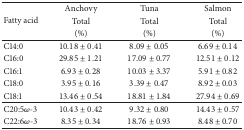
<table><thead><tr><td rowspan="3"><b>Fatty acid</b></td><td><b>Anchovy</b></td><td><b>Tuna</b></td><td><b>Salmon</b></td></tr><tr><td><b>Total</b></td><td><b>Total</b></td><td><b>Total</b></td></tr><tr><td><b>(%)</b></td><td><b>(%)</b></td><td><b>(%)</b></td></tr></thead><tbody><tr><td>C14:0</td><td>10.18 ± 0.41</td><td>8.09 ± 0.05</td><td>6.69 ± 0.14</td></tr><tr><td>C16:0</td><td>29.85 ± 1.21</td><td>17.09 ± 0.77</td><td>12.51 ± 0.12</td></tr><tr><td>C16:1</td><td>6.93 ± 0.28</td><td>10.03 ± 3.37</td><td>5.91 ± 0.82</td></tr><tr><td>C18:0</td><td>3.95 ± 0.16</td><td>3.39 ± 0.47</td><td>8.92 ± 0.03</td></tr><tr><td>C18:1</td><td>13.46 ± 0.54</td><td>18.81 ± 1.84</td><td>27.94 ± 0.69</td></tr><tr><td>C20:5<i>ω</i>-3</td><td>10.43 ± 0.42</td><td>9.32 ± 0.80</td><td>14.43 ± 0.57</td></tr><tr><td>C22:6<i>ω</i>-3</td><td>8.35 ± 0.34</td><td>18.76 ± 0.93</td><td>8.48 ± 0.70</td></tr></tbody></table>